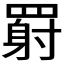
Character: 𬙥